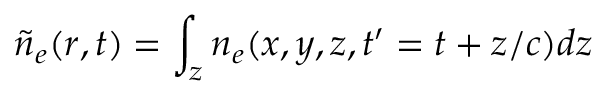
\tilde { n } _ { e } ( \boldsymbol { r } , t ) = \int _ { z } n _ { e } ( x , y , z , t ^ { \prime } = t + z / c ) d z